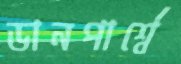
ডানপার্শ্বে